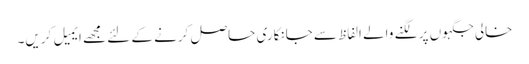
خالی جگہوں پر لگنے والے الفاظ سے جانکاری حاصل کرنے کے لئے مجھے ایمیل کریں۔